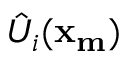
\hat { U } _ { i } ( \mathbf { x _ { m } } )